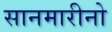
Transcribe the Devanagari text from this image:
सानमारीनो